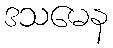
ဒသမေန